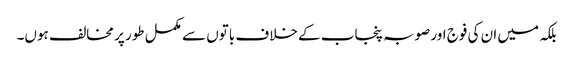
بلکہ میں ان کی فوج اور صوبہ پنجاب کے خلاف باتوں سے مکمل طور پر مخالف ہوں۔